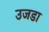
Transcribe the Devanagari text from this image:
उजडा